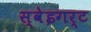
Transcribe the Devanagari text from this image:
स्वेइगर्ट